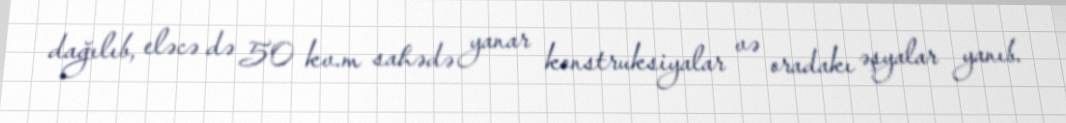
dağılıb, eləcə də 50 kv.m sahədə yanar konstruksiyalar və oradakı əşyalar yanıb.